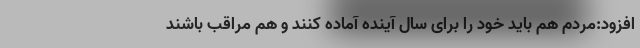
افزود:مردم هم باید خود را برای سال آینده آماده کنند و هم مراقب باشند